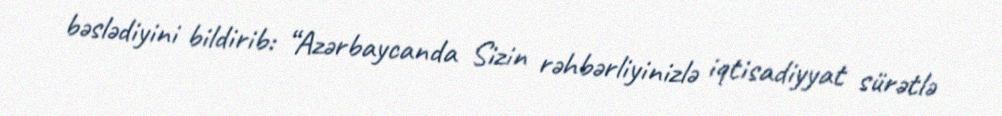
bəslədiyini bildirib: “Azərbaycanda Sizin rəhbərliyinizlə iqtisadiyyat sürətlə